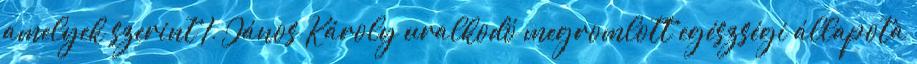
amelyek szerint I. János Károly uralkodó megromlott egészségi állapota